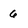
Character: 6